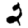
Digit: 2